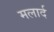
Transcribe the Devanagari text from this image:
मलार्द